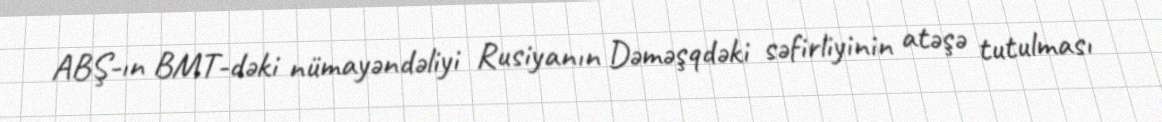
ABŞ-ın BMT-dəki nümayəndəliyi Rusiyanın Dəməşqdəki səfirliyinin atəşə tutulması